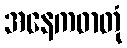
အနေကဓာတုံ